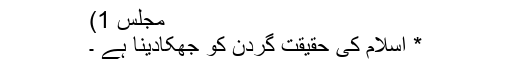
مجلس 1)
* اسلام کی حقیقت گردن کو جھکادینا ہے ۔